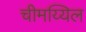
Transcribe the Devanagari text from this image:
चीमय्यिल